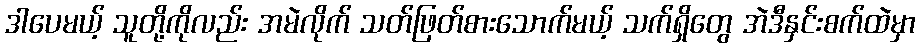
ဒါပေမယ့် သူတို့ကိုလည်း အမဲလိုက် သတ်ဖြတ်စားသောက်မယ့် သက်ရှိတွေ အဲဒီနှင်းစက်ထဲမှာ